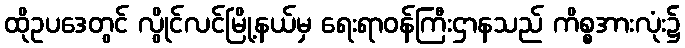
ထိုဥပဒေတွင် လွိုင်လင်မြို့နယ်မှ ရေးရာဝန်ကြီးဌာနသည် ကိစ္စအားလုံး၌